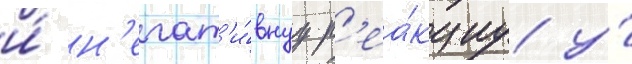
и́ н'егат'и́внуу р'еа́кциу у́